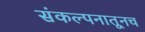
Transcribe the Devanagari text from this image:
संकल्पनातूनच